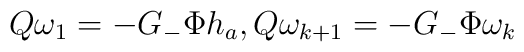
Q \omega_1 = - G_{-} \Phi  h_a,Q\omega_{k+1} =-G_{-} \Phi   \omega_{k}